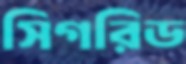
সিগরিড